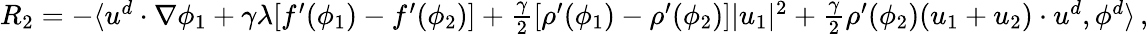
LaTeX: \begin{array}{r}{R_{2}=-\langle u^{d}\cdot\nabla\phi_{1}+\gamma\lambda[f^{\prime}(\phi_{1})-f^{\prime}(\phi_{2})]+\frac{\gamma}{2}[\rho^{\prime}(\phi_{1})-\rho^{\prime}(\phi_{2})]|u_{1}|^{2}+\frac{\gamma}{2}\rho^{\prime}(\phi_{2})(u_{1}+u_{2})\cdot u^{d},\phi^{d}\rangle\, ,}\end{array}